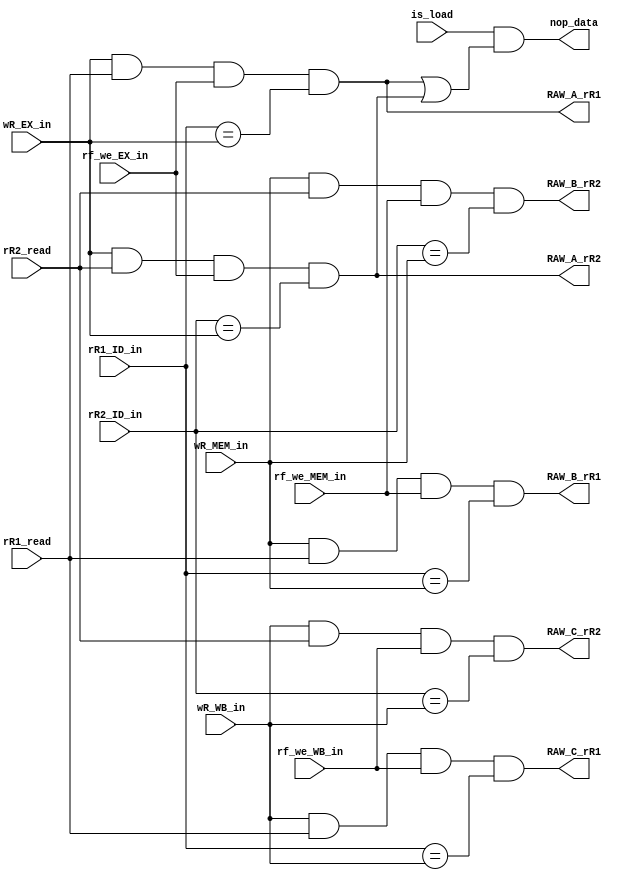
module DHDU (  //Data Hazard Detection Unit

   input wire is_load,    // signal from EX

   input wire rR1_read,
   input wire rR2_read,

   input wire [4:0] rR1_ID_in,
   input wire [4:0] rR2_ID_in,

   input wire rf_we_EX_in,
   input wire rf_we_MEM_in,
   input wire rf_we_WB_in,

   input wire [4:0] wR_EX_in,
   input wire [4:0] wR_MEM_in,
   input wire [4:0] wR_WB_in,

   //data hazard deteced signal
   output wire RAW_A_rR1,
   output wire RAW_A_rR2,

   output wire RAW_B_rR1,
   output wire RAW_B_rR2,

   output wire RAW_C_rR1,
   output wire RAW_C_rR2,

   output wire nop_data

);
   wire load_use_hazard;

   assign RAW_A_rR1 = wR_EX_in && rR1_read && rf_we_EX_in && (rR1_ID_in == wR_EX_in); 
   assign RAW_A_rR2 = wR_EX_in && rR2_read && rf_we_EX_in && (rR2_ID_in == wR_EX_in);

   assign RAW_B_rR1 = wR_MEM_in && rR1_read && rf_we_MEM_in && (rR1_ID_in == wR_MEM_in);
   assign RAW_B_rR2 = wR_MEM_in && rR2_read && rf_we_MEM_in && (rR2_ID_in == wR_MEM_in);

   assign RAW_C_rR1 = wR_WB_in && rR1_read && rf_we_WB_in && (rR1_ID_in == wR_WB_in);
   assign RAW_C_rR2 = wR_WB_in && rR2_read && rf_we_WB_in && (rR2_ID_in == wR_WB_in);

   assign load_use_hazard = is_load && (RAW_A_rR1 || RAW_A_rR2); //load-use hazard deteced 

   assign nop_data = load_use_hazard;


endmodule //DHDU